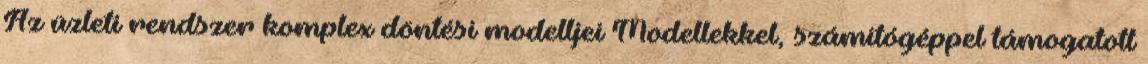
Az üzleti rendszer komplex döntési modelljei Modellekkel, számítógéppel támogatott